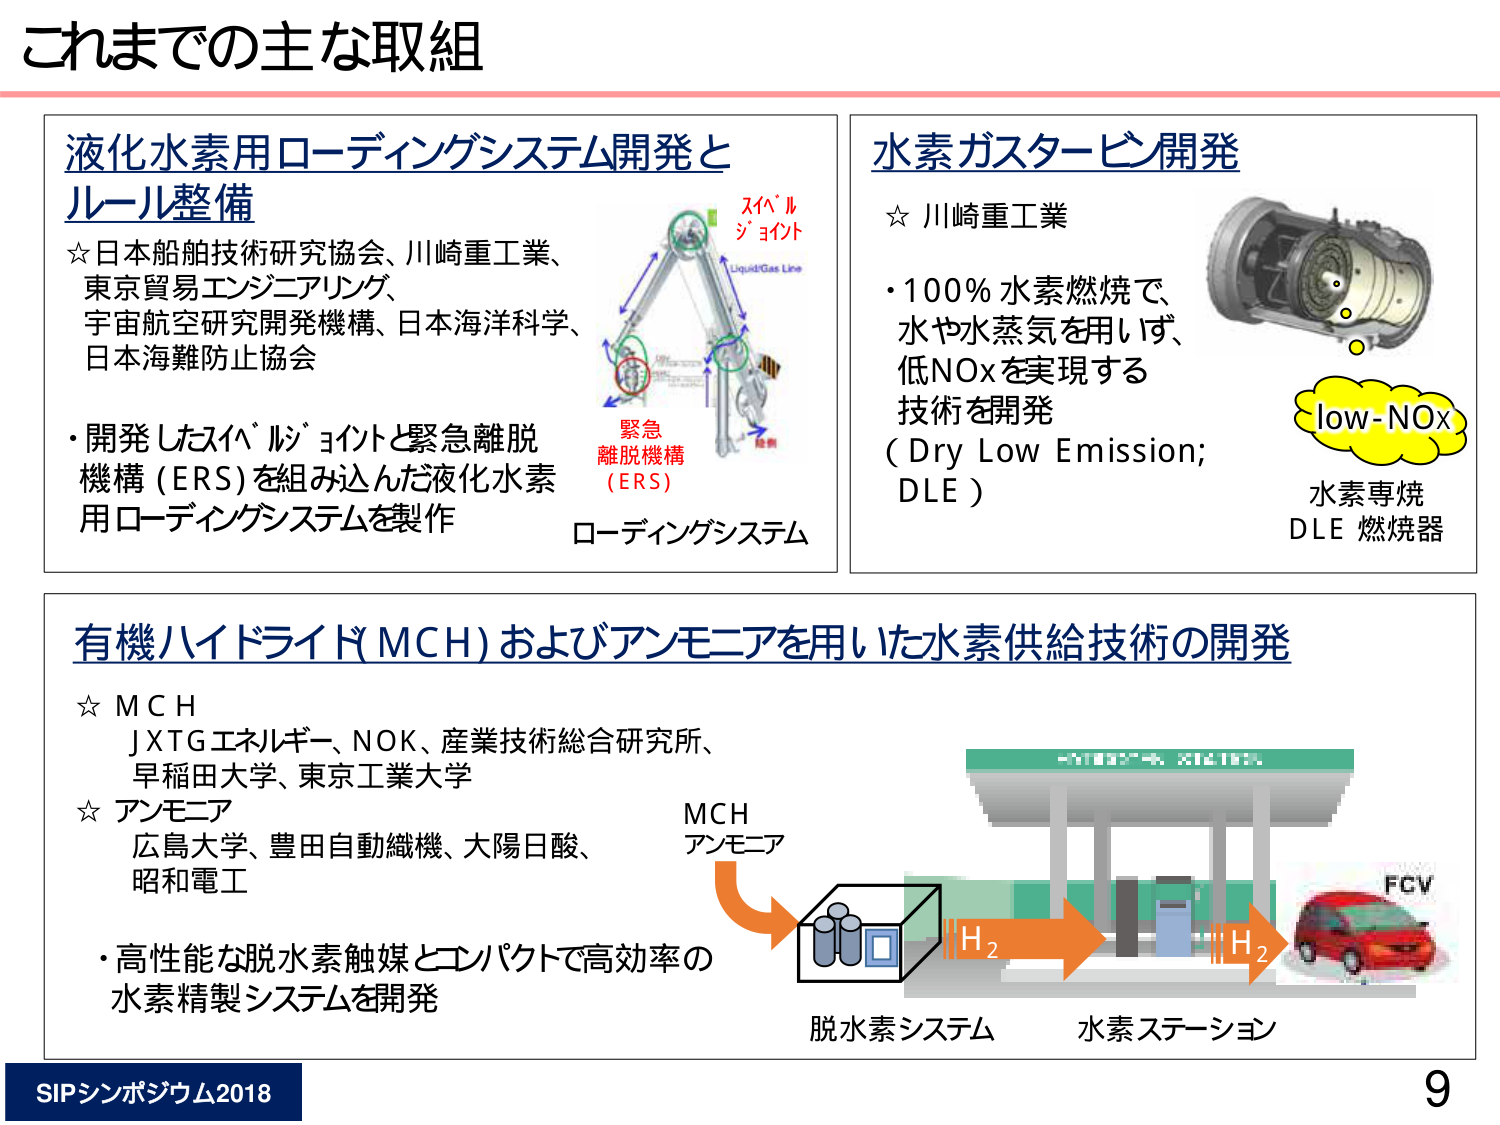
これまでの主な取組

液化水素用ローディングシステム開発と
ルール整備
☆日本船舶技術研究協会、川崎重工業、
東京貿易エンジニアリング、
宇宙航空研究開発機構、日本海洋科学、
日本海難防止協会
・開発したスイベルジョイントと緊急離脱
機構（ERS）を組み込んだ液化水素
用ローディングシステムを製作
スイベル
ジョイント
Liquid/Gas Line
緊急
離脱機構
（ERS）
ローディングシステム

水素ガスタービン開発
☆ 川崎重工業
・100％水素燃焼で、
水や水蒸気を用いず、
低NOxを実現する
技術を開発
（Dry Low Emission;
DLE）
low-NOx
水素専焼
DLE 燃焼器

有機ハイドライド（MCH）およびアンモニアを用いた水素供給技術の開発
☆ MCH
JXTGエネルギー、NOK、産業技術総合研究所、
早稲田大学、東京工業大学
☆ アンモニア
広島大学、豊田自動織機、大陽日酸、
昭和電工
・高性能な脱水素触媒とコンパクトで高効率の
水素精製システムを開発
MCH
アンモニア
H2
H2
脱水素システム
水素ステーション
FCV

SIPシンポジウム2018
9